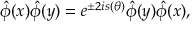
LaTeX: \hat { \phi } ( x ) \hat { \phi } ( y ) = e ^ { \pm 2 i s ( \theta ) } \hat { \phi } ( y ) \hat { \phi } ( x ) ,